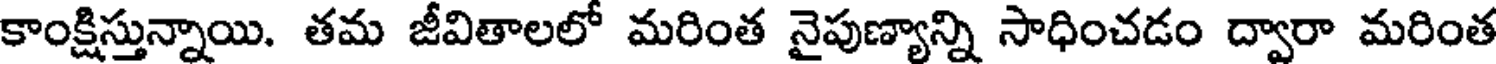
కాంక్షిస్తున్నాయి. తమ జీవితాలలో మరింత నైపుణ్యాన్ని సాధించడం ద్వారా మరింత